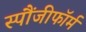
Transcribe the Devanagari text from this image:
स्पौंजीफॉर्म